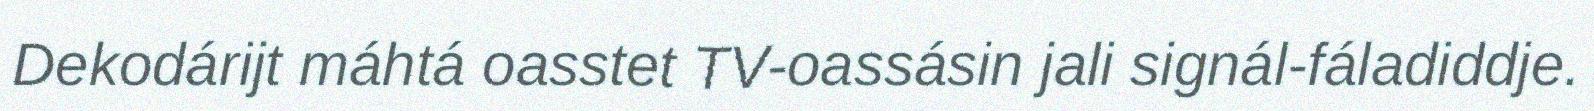
Dekodárijt máhtá oasstet TV-oassásin jali signál-fáladiddje.